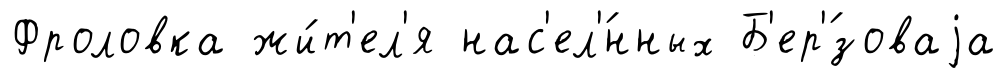
Фроловка жи́т'ел'я нас'ел'́нных Б'ер'́зоваjа